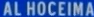
ALHOCEIMA